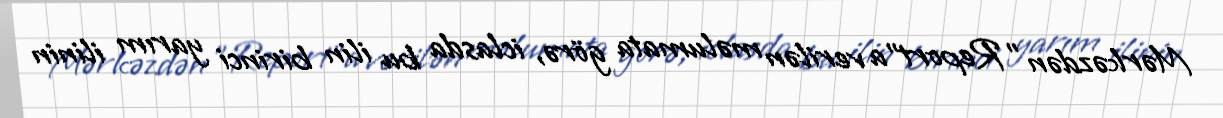
Mərkəzdən "Report"a verilən məlumata görə, iclasda bu ilin birinci yarım ilinin